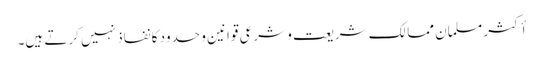
أکثر مسلمان ممالک شریعت و شرعی قوانین و حدود کا نفاذ نہیں کرتے ہیں۔